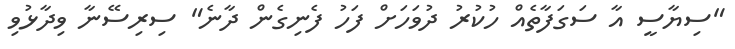
"ސިޔާސީ އާ ސަގަފާތެއް ހުކުރު ދުވަހަށް ފަހު ފެނިގެން ދާނެ" ސިރިސޭނާ ވިދާޅުވި